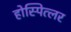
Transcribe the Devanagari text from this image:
होस्पित्लर